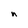
Character: n